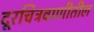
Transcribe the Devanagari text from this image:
दूरचित्रवाणीतील